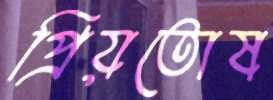
প্রিয়তোষ